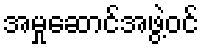
အမှုဆောင်အဖွဲ့ဝင်